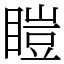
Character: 䁗